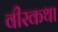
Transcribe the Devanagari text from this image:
वीरकथा